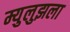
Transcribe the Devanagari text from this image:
म्युलुझला